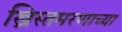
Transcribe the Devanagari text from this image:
ख्रिस्तमरणाच्या